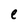
Character: e